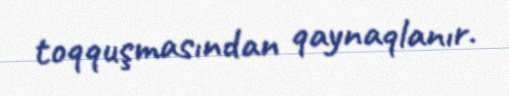
toqquşmasından qaynaqlanır.